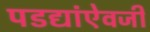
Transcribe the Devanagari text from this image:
पडद्यांऐवजी